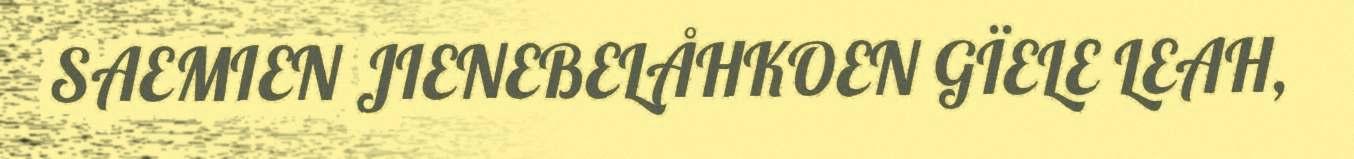
SAEMIEN JIENEBELÅHKOEN GÏELE LEAH,